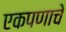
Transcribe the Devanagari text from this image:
एकपणाचे